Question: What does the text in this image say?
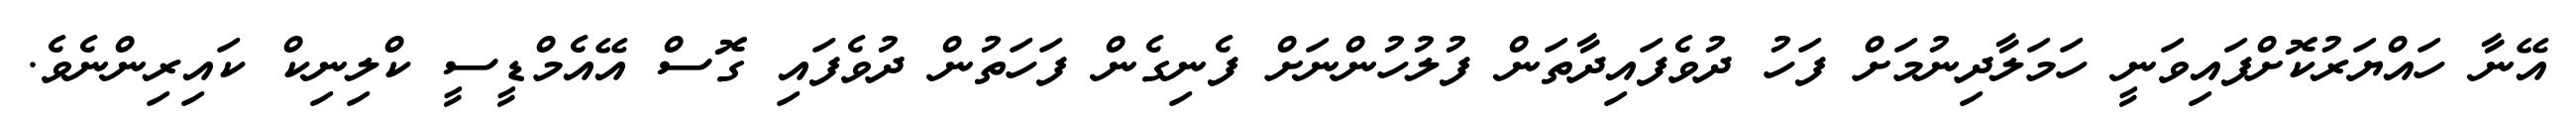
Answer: އޭނާ ހައްޔަރުކޮށްފައިވަނީ ހަމަލާދިނުމަށް ފަހު ދުވެފައިދާތަން ފުލުހުންނަށް ފެނިގެން ފަހަތުން ދުވެފައި ގޮސް އޭއެމްޑީސީ ކްލިނިކް ކައިރިންނެވެ.